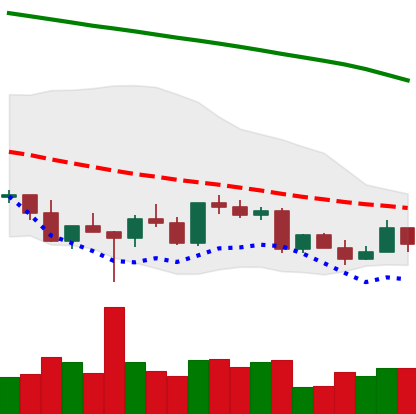
Ticker: LTC-USD
Chart end date: 2022-03-10
Forward return: 4.221%
Label: up_3_5